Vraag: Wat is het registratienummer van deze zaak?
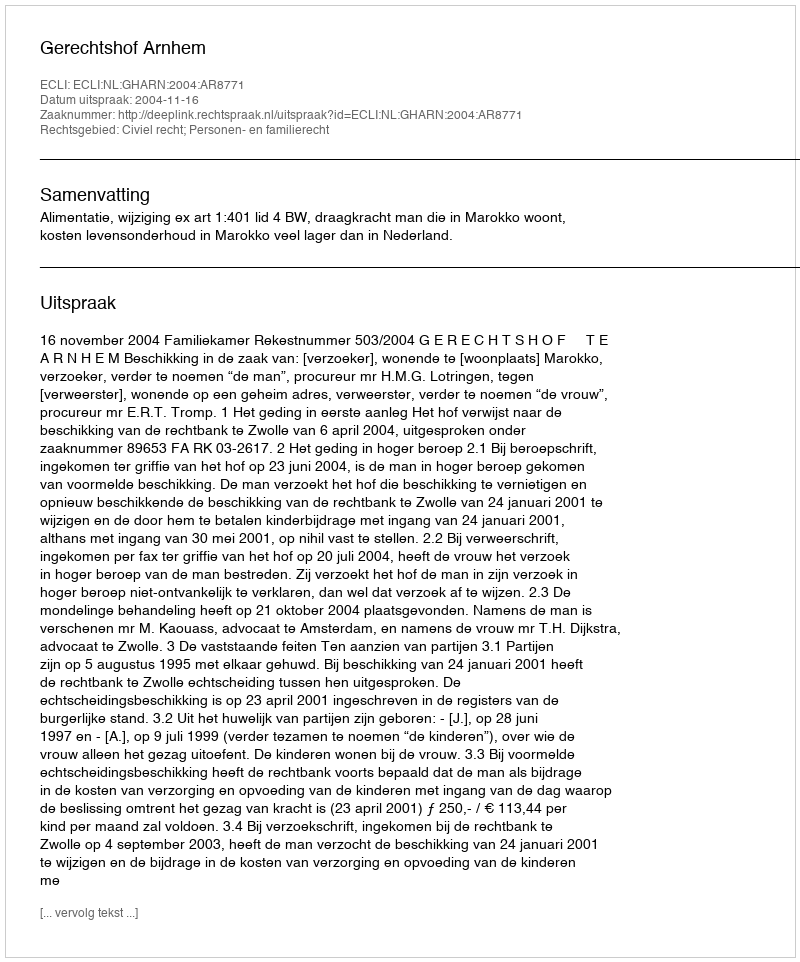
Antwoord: http://deeplink.rechtspraak.nl/uitspraak?id=ECLI:NL:GHARN:2004:AR8771